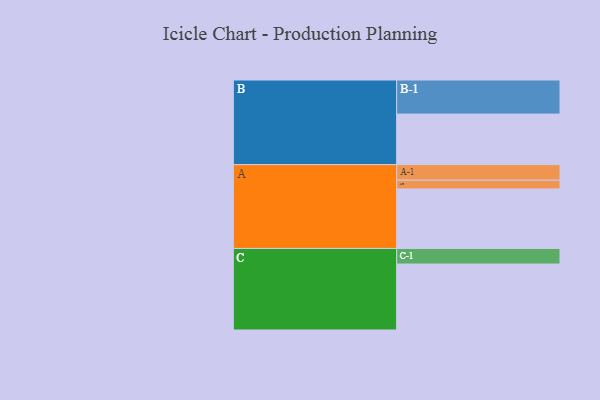
{"axis": {"x": "Segment", "y": "Value"}, "legend": ["", "A", "B", "C"], "data": [{"x": "A", "y": 482, "type": ""}, {"x": "B", "y": 409, "type": ""}, {"x": "C", "y": 534, "type": ""}, {"x": "A-1", "y": 126, "type": "A"}, {"x": "A-2", "y": 71, "type": "A"}, {"x": "B-1", "y": 276, "type": "B"}, {"x": "C-1", "y": 126, "type": "C"}]}